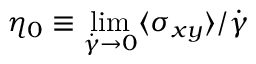
\eta _ { 0 } \equiv \operatorname* { l i m } _ { \dot { \gamma } \to 0 } \langle \sigma _ { x y } \rangle / \dot { \gamma }